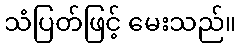
သံပြတ်ဖြင့် မေးသည်။